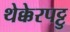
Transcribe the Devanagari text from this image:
थेक्केरपट्टु